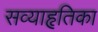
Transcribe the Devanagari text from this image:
सव्याहृतिका